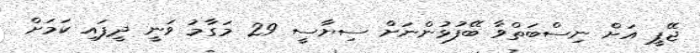
ޖޭޕީ އަށް ނިސްބަތްވާ ބޭފުޅުންނަށް ސިޔާސީ 29 މަގާމު ވަނީ ދީފައި ކަމަށް